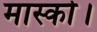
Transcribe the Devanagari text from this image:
मास्को।